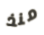
منذ